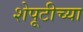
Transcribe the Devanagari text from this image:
शेपूटीच्या